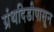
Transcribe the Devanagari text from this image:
ग्रंथदिडीपासून